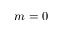
m = 0